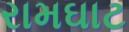
રામઘાટ